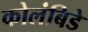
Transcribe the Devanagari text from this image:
कोलंबिडे